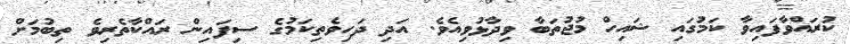
ކުރައްވާފައިވާ ކަމުގައި ޝައިހް މުޖުތަބާ ވިދާޅުވިއެވެ. އަދި ދަހިވެތިކަމުގެ ސިފައިން ރައްކާތެރިވެ ތިބުމަށް